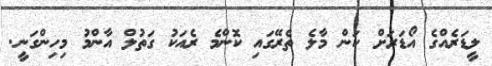
ލީޑަރެއްގެ އޯޑަރަށް ކަން މާލެ ތެރޭގައި ކޮންމެ ރެއަކު ގަތުލް އާންމު މިހިންގަނީ.